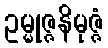
ဥမ္မုဇ္ဇနိမုဇ္ဇံ